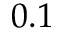
0 . 1